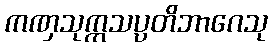
ကဏှသုက္ကသပ္ပတိဘာဂေသု